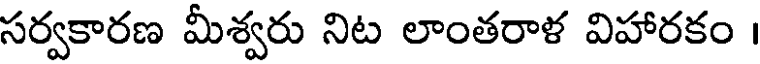
సర్వకారణ మీశ్వరు నిట లాంతరాళ విహారకం ।